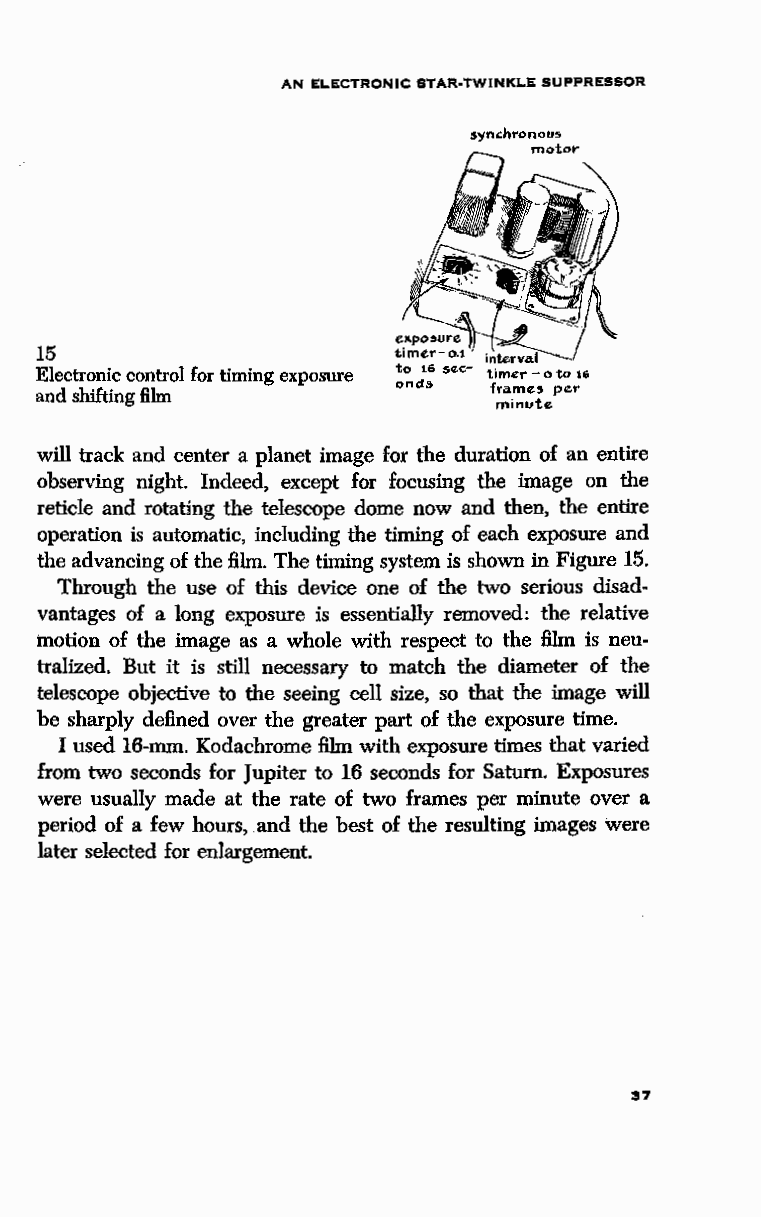
AN ELECTRONIC STAR-TWINKLE SUPPRESSOR
 15
 Electronic control for timing exposure timer - o to 16
 and shifting film       onds  frame5 per
 minute
 will track and center a planet image for the duration of an entire
 observing night. Indeed, except for focusing the image on the
 reticle and rotating the telescope dome now and then, the entire
 operation is automatic, including the timing of each exposure and
 the advancing of the film. The timing system is shown in Figure 15.
 Through the use of this device one of the two serious disad
 vantages of a long exposure is essentially removed: the relative
 motion of the image as a whole with respect to the film is neu
 tralized. But it is still necessary to match the diameter of the
 telescope objective to the seeing cell size, so that the image will
 be sharply defined over the greater part of the exposure time.
 I used 16-mm. Kodachrome film with exposure times that varied
 from two seconds for Jupiter to 16 seconds for Saturn. Exposures
 were usually made at the rate of two frames per minute over a
 period of a few hours, and the best of the resulting images were
 later selected for enlargement.
 37